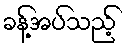
ခန့်အပ်သည့်